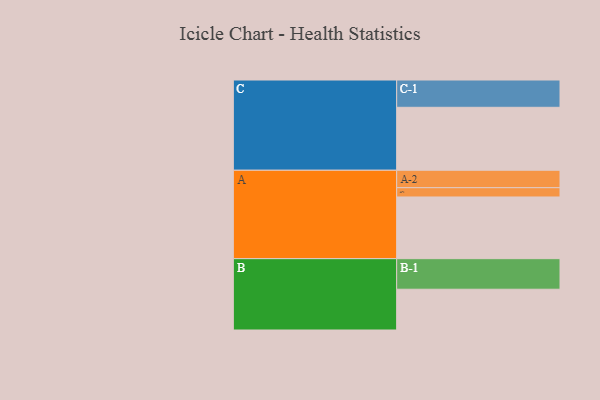
{"axis": {"x": "Segment", "y": "Value"}, "legend": ["", "A", "B", "C"], "data": [{"x": "A", "y": 531, "type": ""}, {"x": "B", "y": 351, "type": ""}, {"x": "C", "y": 542, "type": ""}, {"x": "A-1", "y": 80, "type": "A"}, {"x": "A-2", "y": 150, "type": "A"}, {"x": "B-1", "y": 263, "type": "B"}, {"x": "C-1", "y": 235, "type": "C"}]}